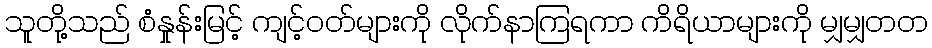
သူတို့သည် စံနှုန်းမြင့် ကျင့်ဝတ်များကို လိုက်နာကြရကာ ကိရိယာများကို မျှမျှတတ